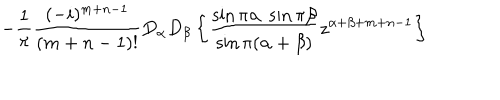
- \frac { 1 } { \pi } \frac { ( - i ) ^ { m + n - 1 } } { ( m + n - 1 ) ! } D _ { \alpha } D _ { \beta } \left\{ \frac { \sin \pi \alpha \; \sin \pi \beta } { \sin \pi ( \alpha + \beta ) } z ^ { \alpha + \beta + m + n - 1 } \right\}